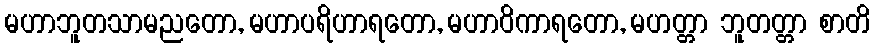
မဟာဘူတသာမညတော, မဟာပရိဟာရတော, မဟာဝိကာရတော, မဟတ္တာ ဘူတတ္တာ စာတိ